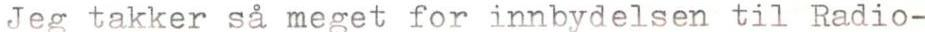
Jeg takker så meget for innbydelsen til Radio-